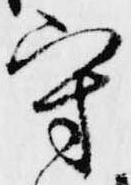
守